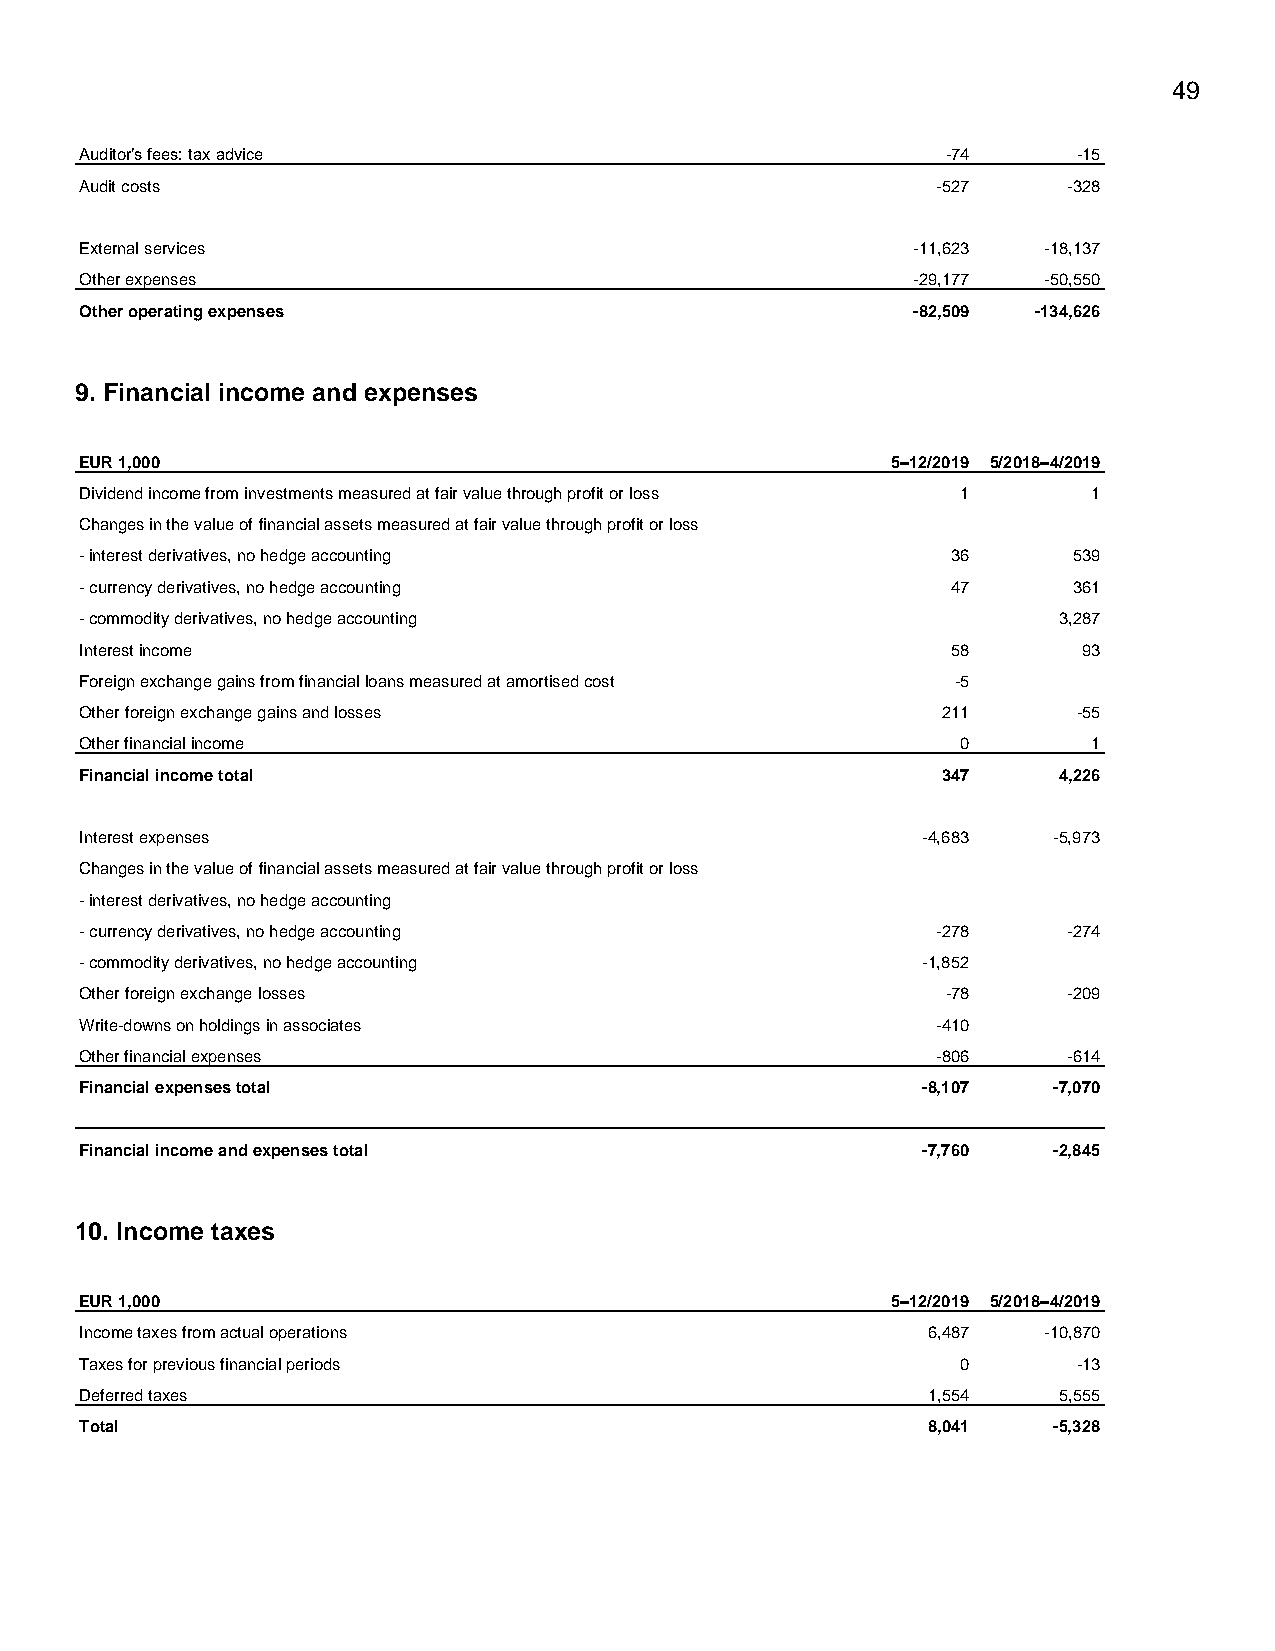
49
 Auditor’s fees: tax advice                                -74     -15
 Audit costs                                              -527     -328
 External services                                      -11,623  -18,137
 Other expenses                                         -29,177  -50,550
 Other operating expenses                               -82,509  -134,626
 9. Financial income and expenses
 EUR 1,000                                             5–12/2019 5/2018–4/2019
 Dividend income from investments measured at fair value through profit or loss 1 1
 Changes in the value of financial assets measured at fair value through profit or loss
 - interest derivatives, no hedge accounting               36      539
 - currency derivatives, no hedge accounting               47      361
 - commodity derivatives, no hedge accounting                     3,287
 Interest income                                           58       93
 Foreign exchange gains from financial loans measured at amortised cost -5
 Other foreign exchange gains and losses                  211      -55
 Other financial income                                     0       1
 Financial income total                                   347     4,226
 Interest expenses                                       -4,683   -5,973
 Changes in the value of financial assets measured at fair value through profit or loss
 - interest derivatives, no hedge accounting
 - currency derivatives, no hedge accounting              -278     -274
 - commodity derivatives, no hedge accounting            -1,852
 Other foreign exchange losses                             -78     -209
 Write-downs on holdings in associates                    -410
 Other financial expenses                                 -806     -614
 Financial expenses total                                -8,107   -7,070
 Financial income and expenses total                     -7,760   -2,845
 10. Income taxes
 EUR 1,000                                             5–12/2019 5/2018–4/2019
 Income taxes from actual operations                     6,487   -10,870
 Taxes for previous financial periods                       0      -13
 Deferred taxes                                          1,554    5,555
 Total                                                   8,041    -5,328